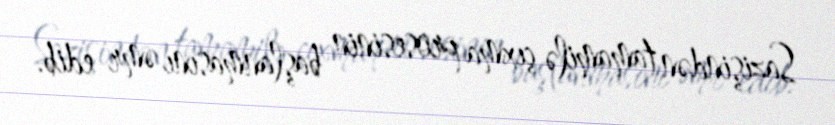
Sazişindən tamamilə çıxma prosesinin başlanmasını əmr edib.